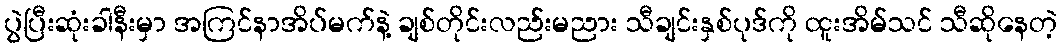
ပွဲပြီးဆုံးခါနီးမှာ အကြင်နာအိပ်မက်နဲ့ ချစ်တိုင်းလည်းမညား သီချင်းနှစ်ပုဒ်ကို ထူးအိမ်သင် သီဆိုနေတဲ့